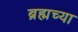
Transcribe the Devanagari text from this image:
ब्रह्मच्या